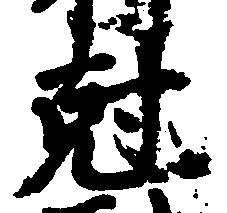
剋